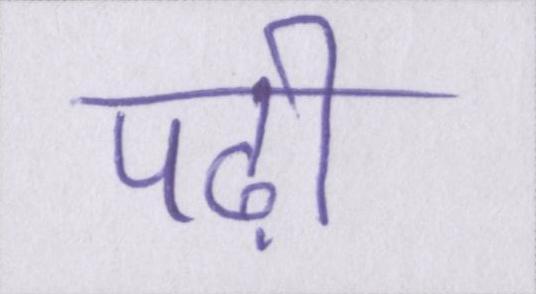
पढ़ी